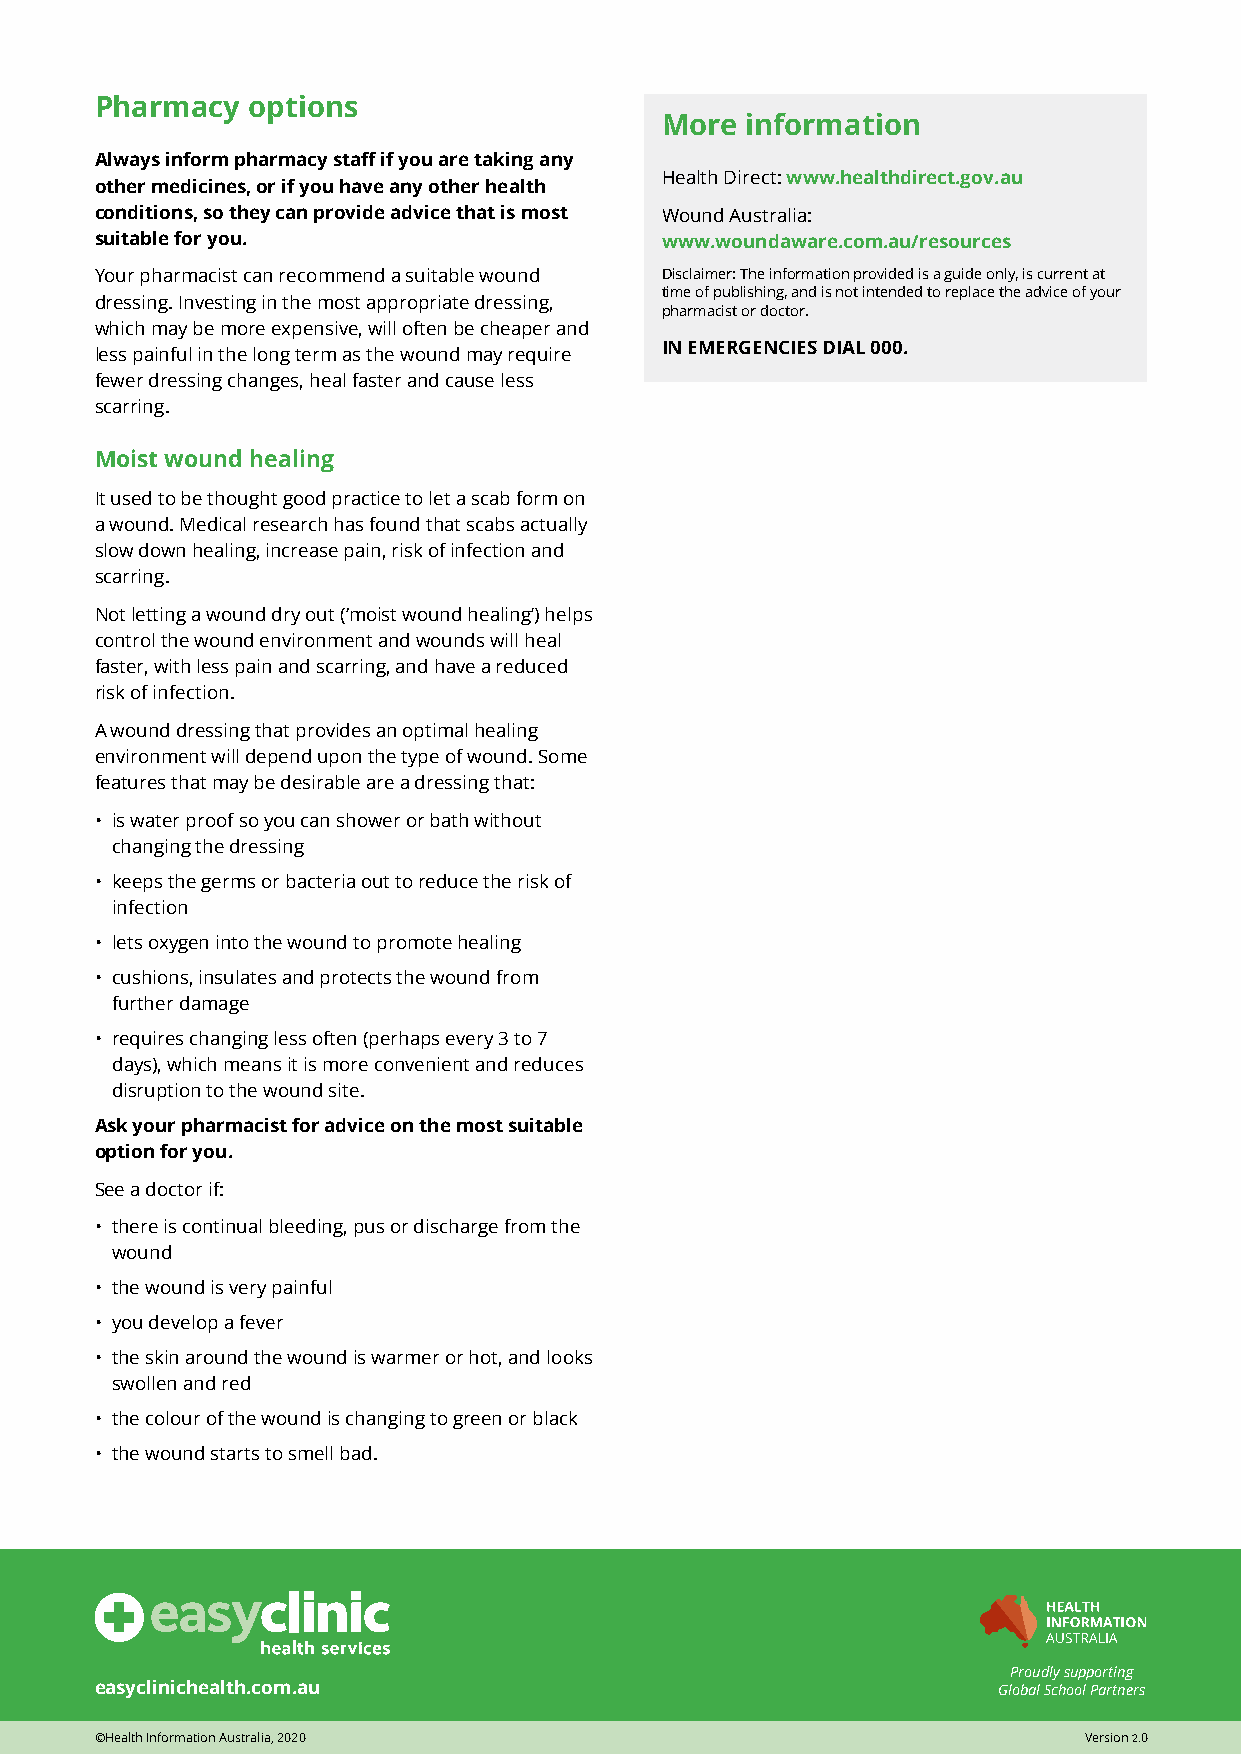
Pharmacy  options
 More information
 Always inform pharmacy staff if you are taking any
 Health Direct: www.healthdirect.gov.au
 other medicines, or if you have any other health
 conditions, so they can provide advice that is most Wound Australia:
 suitable for you.                     www.woundaware.com.au/resources
 Your pharmacist can recommend a suitable wound Disclaimer: The information provided is a guide only, is current at
 time of publishing, and is not intended to replace the advice of your
 dressing. Investing in the most appropriate dressing,
 pharmacist or doctor.
 which may be more expensive, will often be cheaper and
 less painful in the long term as the wound may require IN EMERGENCIES DIAL 000.
 fewer dressing changes, heal faster and cause less
 scarring.
 Moist wound healing
 It used to be thought good practice to let a scab form on
 a wound. Medical research has found that scabs actually
 slow down healing, increase pain, risk of infection and
 scarring.
 Not letting a wound dry out (‘moist wound healing’) helps
 control the wound environment and wounds will heal
 faster, with less pain and scarring, and have a reduced
 risk of infection.
 A wound dressing that provides an optimal healing
 environment will depend upon the type of wound. Some
 features that may be desirable are a dressing that:
 • is water proof so you can shower or bath without
 changing the dressing
 • keeps the germs or bacteria out to reduce the risk of
 infection
 • lets oxygen into the wound to promote healing
 • cushions, insulates and protects the wound from
 further damage
 • requires changing less often (perhaps every 3 to 7
 days), which means it is more convenient and reduces
 disruption to the wound site.
 Ask your pharmacist for advice on the most suitable
 option for you.
 See a doctor if:
 • there is continual bleeding, pus or discharge from the
 wound
 • the wound is very painful
 • you develop a fever
 • the skin around the wound is warmer or hot, and looks
 swollen and red
 • the colour of the wound is changing to green or black
 • the wound starts to smell bad.
 Proudly supporting
 easyclinichealth.com.au                                     Global School Partners
 ©Health Information Australia, 2020                               Version 2.0